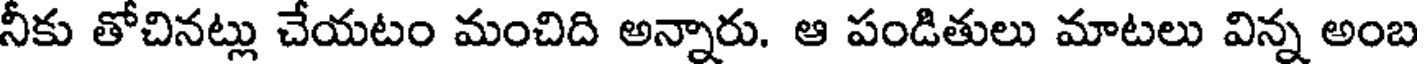
నీకు తోచినట్లు చేయటం మంచిది అన్నారు. ఆ పండితులు మాటలు విన్న అంబ